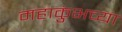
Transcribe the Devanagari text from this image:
महाकुंभच्या